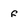
Character: f